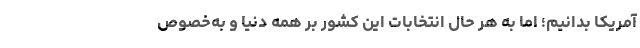
آمریکا بدانیم؛ اما به هر حال انتخابات این کشور بر همه دنیا و به‌خصوص